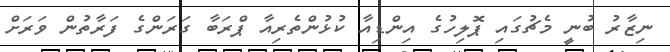
ނިޒާރު ބުނީ މެޗުގައި ޕޮލިހުގެ އިންޑިއާ ކުޅުންތެރިއާ ޕްރަބާ ގަރަންގެ ފަރާތުން ވަރަށް